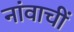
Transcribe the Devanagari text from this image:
नांवाचीं